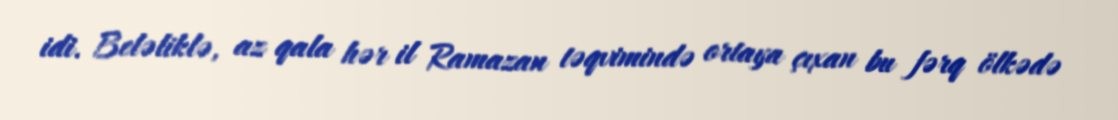
idi. Beləliklə, az qala hər il Ramazan təqvimində ortaya çıxan bu fərq ölkədə